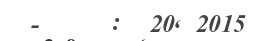
-     :  20